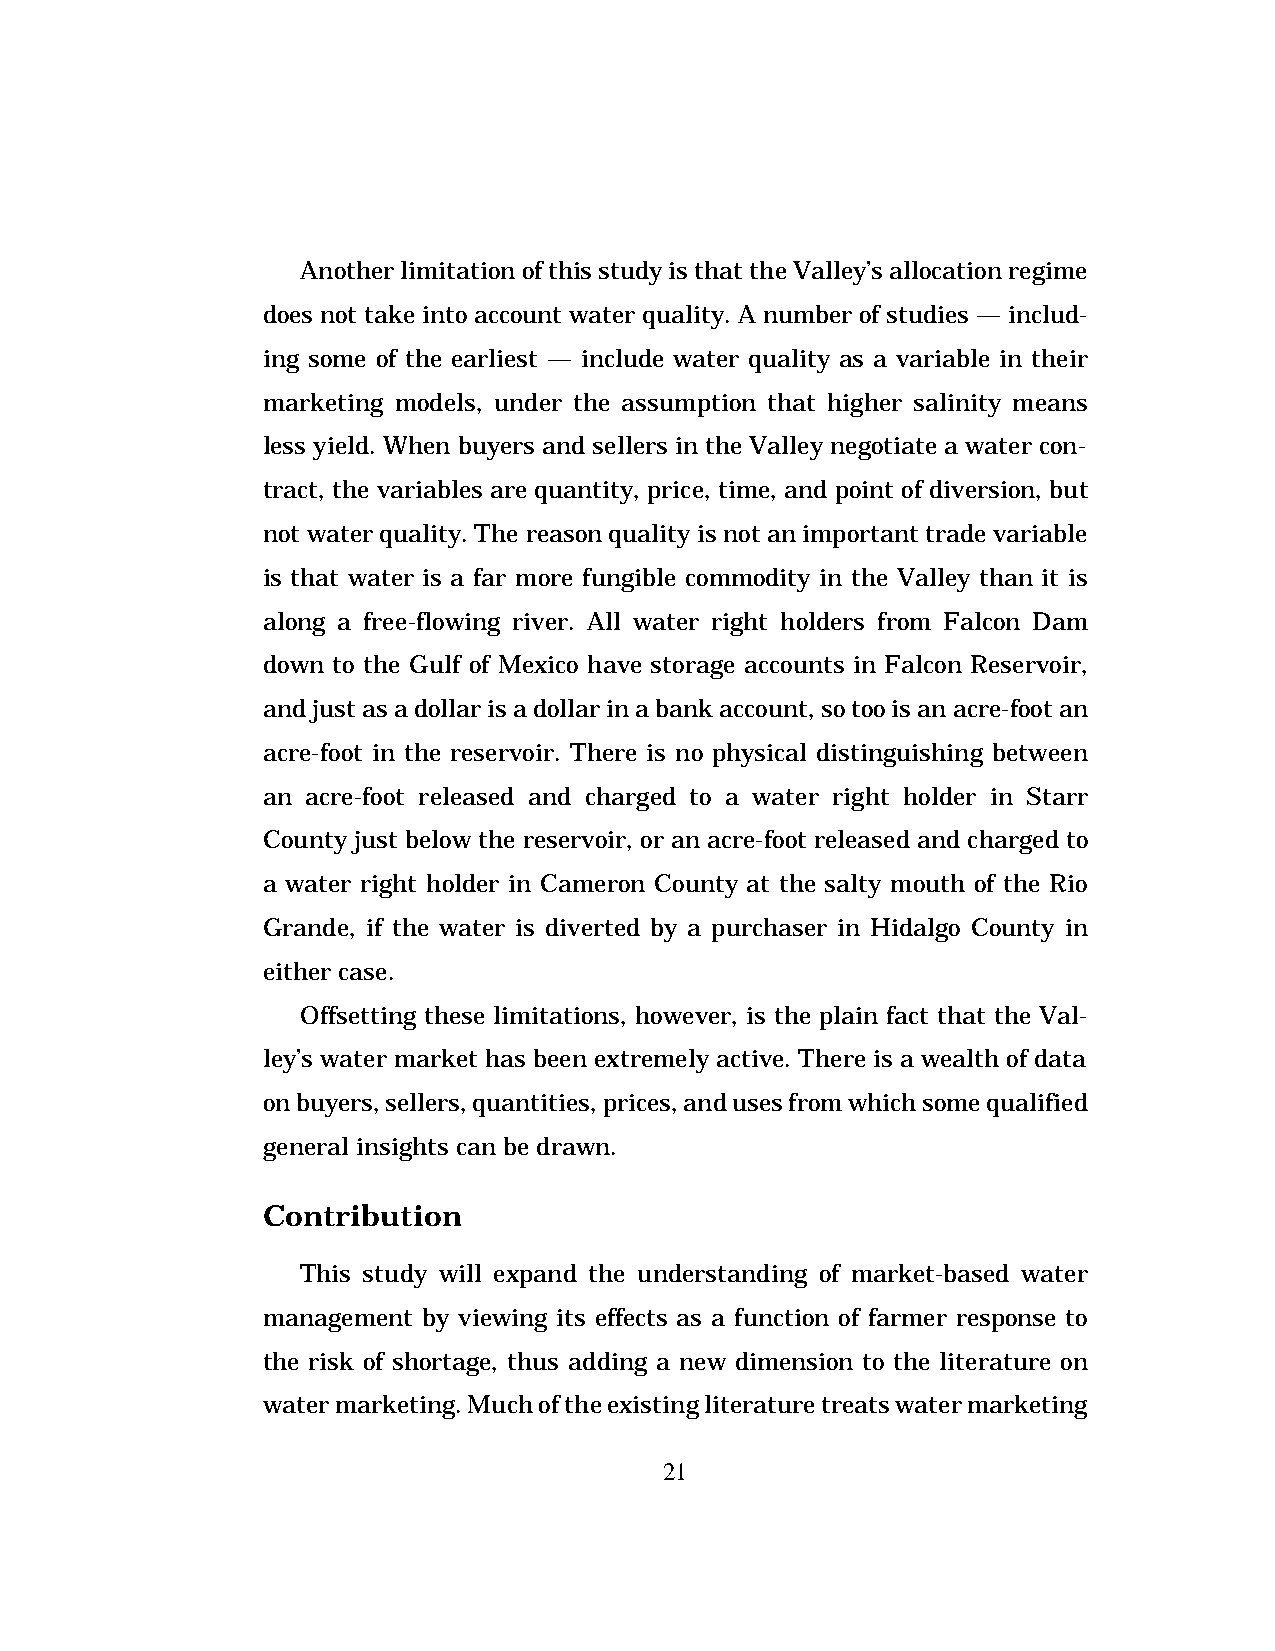
Another limitation of this study is that the Valley’s allocation regime
 does not take into account water quality. A number of studies — includ-
 ing some of the earliest — include water quality as a variable in their
 marketing models, under the assumption that higher salinity means
 less yield. When buyers and sellers in the Valley negotiate a water con-
 tract, the variables are quantity, price, time, and point of diversion, but
 not water quality. The reason quality is not an important trade variable
 is that water is a far more fungible commodity in the Valley than it is
 along a free-flowing river. All water right holders from Falcon Dam
 down to the Gulf of Mexico have storage accounts in Falcon Reservoir,
 and just as a dollar is a dollar in a bank account, so too is an acre-foot an
 acre-foot in the reservoir. There is no physical distinguishing between
 an acre-foot released and charged to a water right holder in Starr
 County just below the reservoir, or an acre-foot released and charged to
 a water right holder in Cameron County at the salty mouth of the Rio
 Grande, if the water is diverted by a purchaser in Hidalgo County in
 either case.
 Offsetting these limitations, however, is the plain fact that the Val-
 ley’s water market has been extremely active. There is a wealth of data
 on buyers, sellers, quantities, prices, and uses from which some qualified
 general insights can be drawn.
 Contribution
 This study will expand the understanding of market-based water
 management by viewing its effects as a function of farmer response to
 the risk of shortage, thus adding a new dimension to the literature on
 water marketing. Much of the existing literature treats water marketing
 21